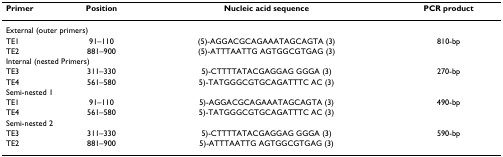
| Primer | Position | Nucleic acid sequence | PCR product |
 | --- | --- | --- | --- |
 | <COLSPAN=4> External (outer primers) |
 | TE1 | 91–110 | (5)-AGGACGCAGAAATAGCAGTA (3) | 810-bp |
 | TE2 | 881–900 | (5)-ATTTAATTG AGTGGCGTGAG (3) |  |
 | <COLSPAN=4> Internal (nested Primers) |
 | TE3 | 311–330 | 5)-CTTTTATACGAGGAG GGGA (3) | 270-bp |
 | TE4 | 561–580 | 5)-TATGGGCGTGCAGATTTC AC (3) |  |
 | <COLSPAN=4> Semi-nested 1 |
 | TE1 | 91–110 | 5)-AGGACGCAGAAATAGCAGTA (3) | 490-bp |
 | TE4 | 561–580 | 5)-TATGGGCGTGCAGATTTC AC (3) |  |
 | <COLSPAN=4> Semi-nested 2 |
 | TE3 | 311–330 | 5)-CTTTTATACGAGGAG GGGA (3) | 590-bp |
 | TE2 | 881–900 | 5)-ATTTAATTG AGTGGCGTGAG (3) |  |